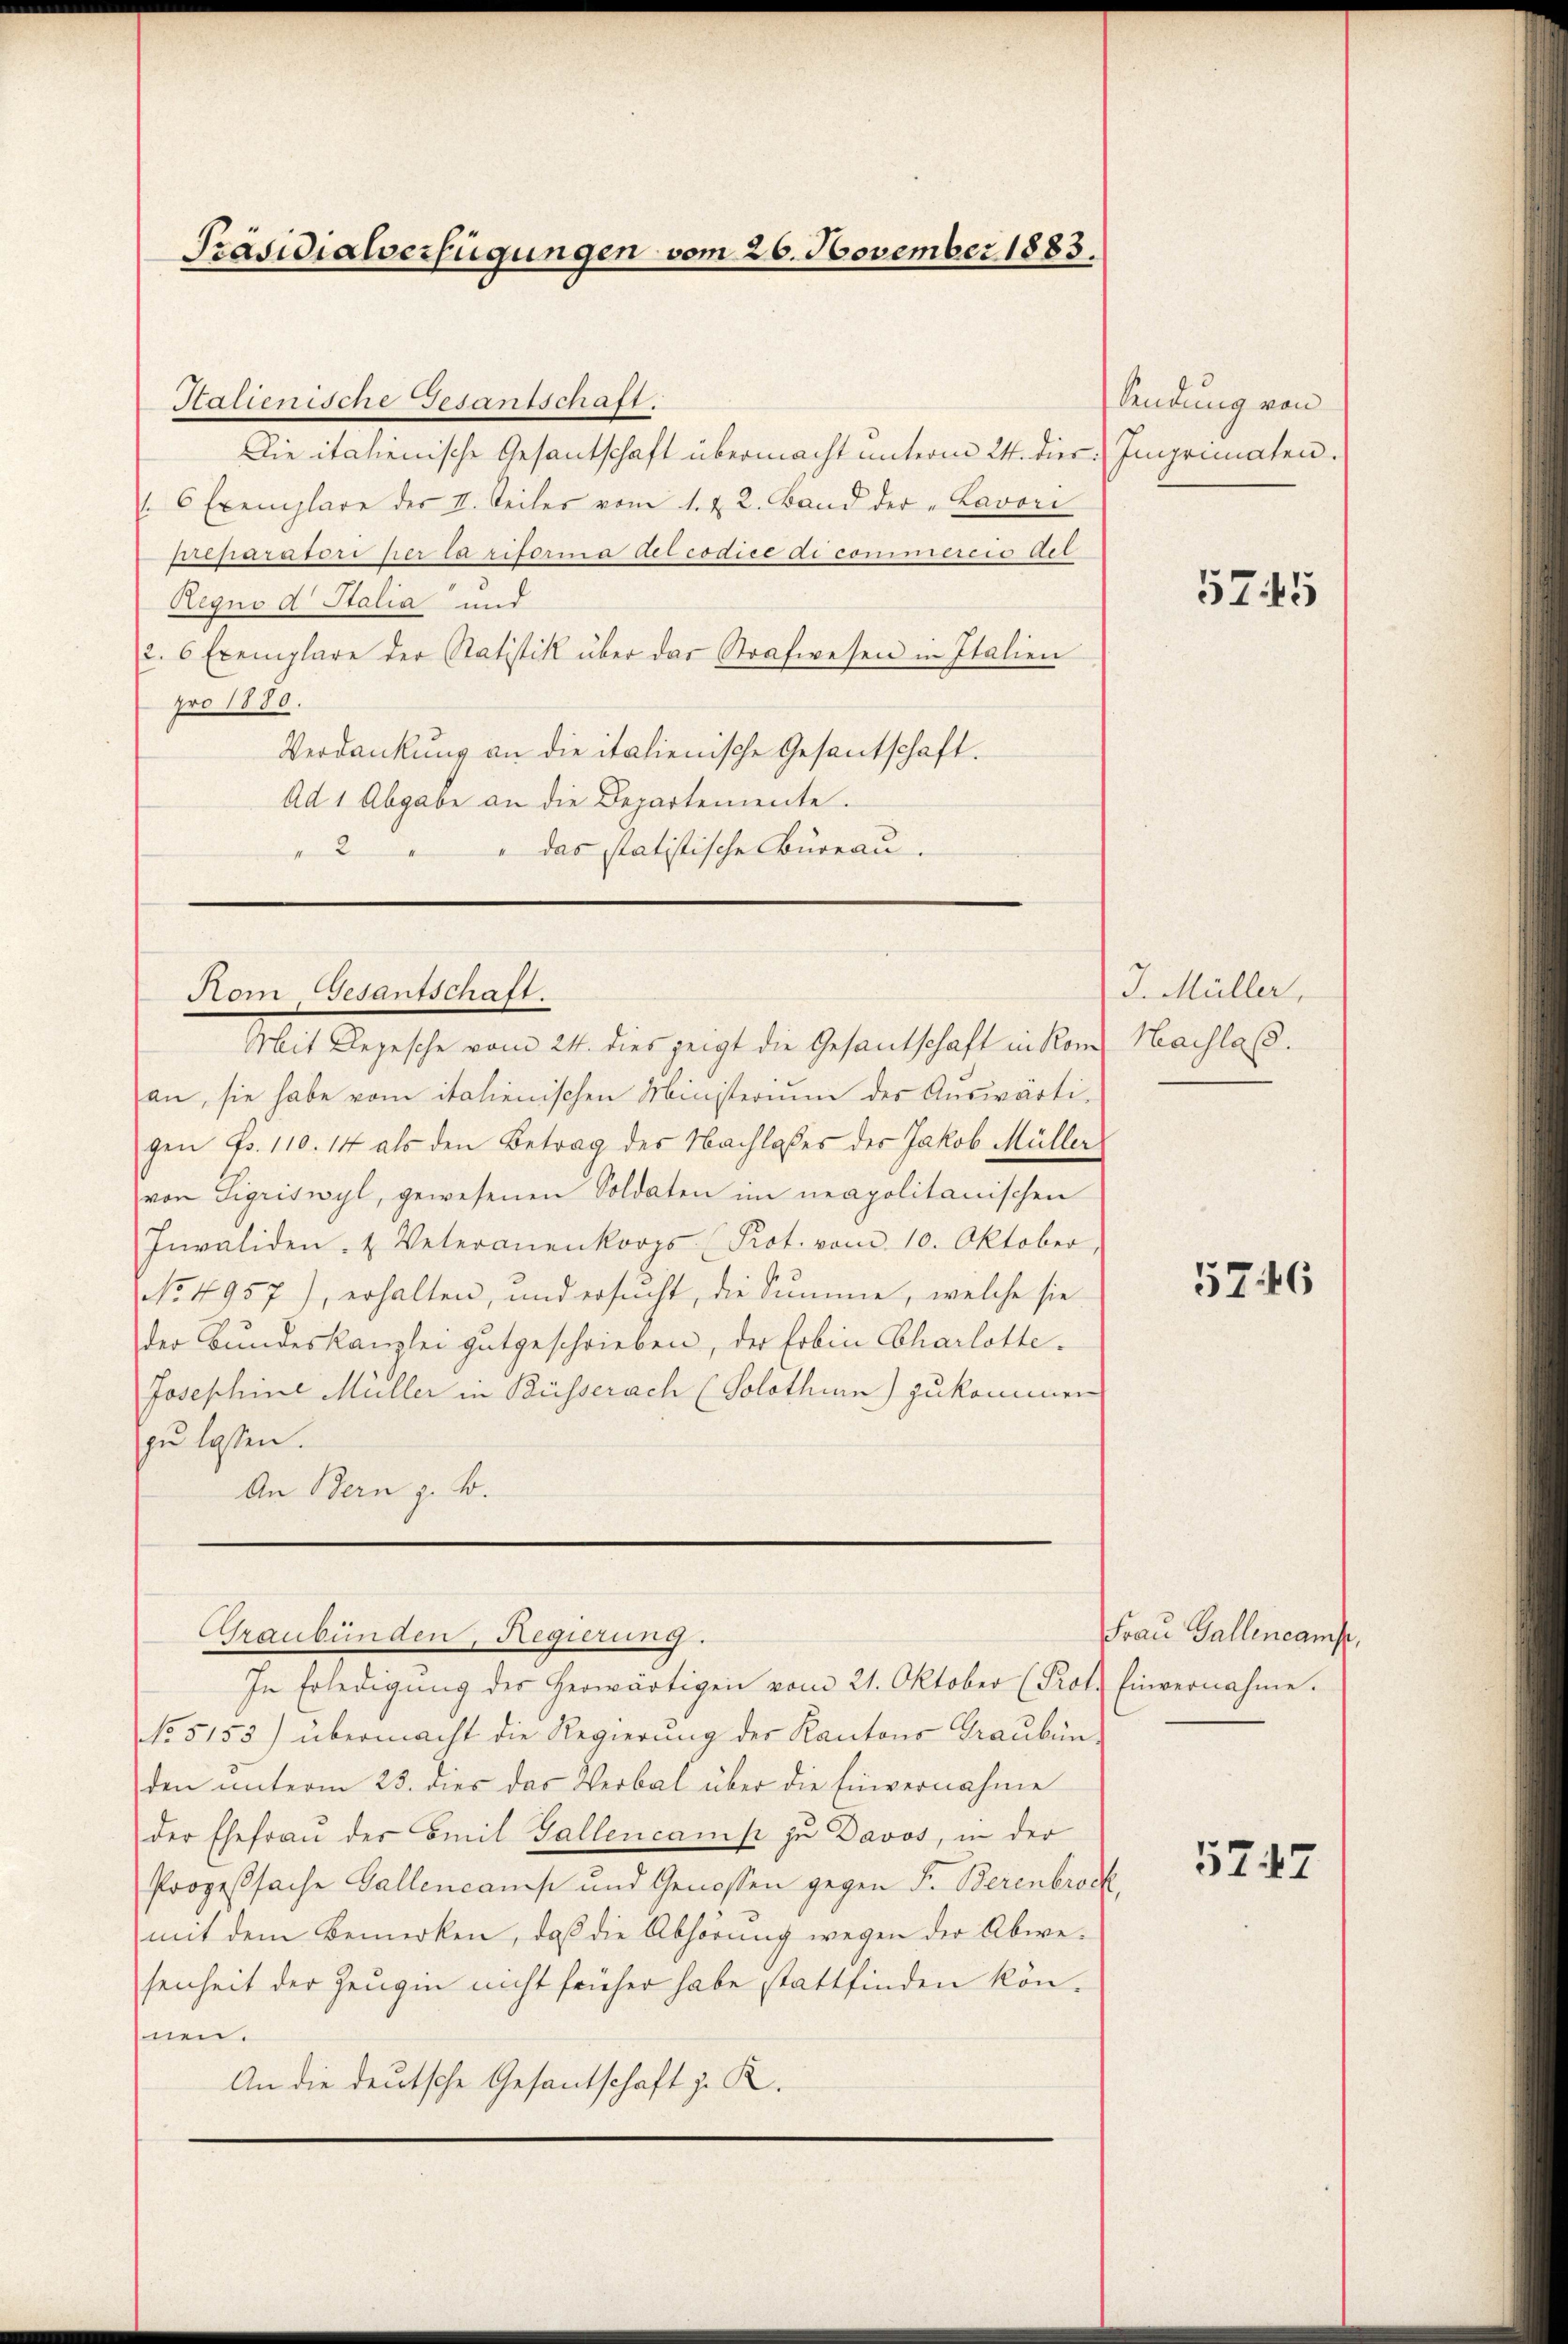
Präsidialverfügungen vom 26. November 1883.

Stalienische Gesantschaft.
Die italienische Gesantschaft übermacht unterm 24. dies: Imennaten.
 6 Exemplare des II. Seiler vom 1. & 2. Band der "Lavori
Ceparatori her la riforma del codice di commercio del
Regno d. Stalia und
2. 6 Exemplare der Ratistik über das Strafwesen in Italien
pro 1880.
Verdankung an die italienische Gesantschaft.
Ad 1 Abgabe an die Departemente.
" das statistische Bureau.
2

Hom Gesantschaft.
Mit Depesche vom 24. dies zeigt die Gesantschaft in Kom¬

an, sie habe vom italienischen Ministerium des Aŭswärti-
gen Fr. 110. 14 als den Betrag des Nachlasses des Jakob Müller
von Sigriswyl, gewesenen Soldaten im neapolitanischen
Invaliden- & Veteronenkorps (Prot. vom 10. Oktober,
No. 4957), erhalten, und ersŭcht, die Summe, welche sie
der Bundeskanzlei gutgeschrieben, der Erbin Charlotte¬
Josephine Müller in Rüsserach (Solothurn) zukommen
zu lassen.
An Bern z. B.
Graubünden, Regierung.
In Erledigung des herwärtigen vom 21. Oktober (Prot.
No 5155) übermacht die Regierung der Kantons Graubünden unterm 25. dies das Verbal über die Einvernahme
der Ehefrau der Emil Gallencamp zu Davos, in der
Prozeßsache Gallencans und Genossen gegen Fr. Berenbroc
mit dem Bemerken, daß die Abhörung wegen der Abwe-
senheit der Zeugin nicht früher habe stattfinden könhnen.
An die deutsche Gesantschaft z. R.

Sendung von

5745

J. Müller,
Hachlass.

5746

Frau Gallencamp,
Einvernahme.

5747